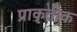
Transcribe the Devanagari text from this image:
प्राकृतीक